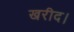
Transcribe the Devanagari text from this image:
खरीद।